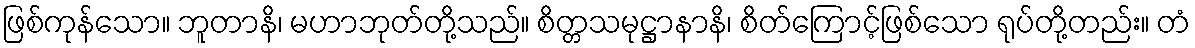
ဖြစ်ကုန်သော။ ဘူတာနိ၊ မဟာဘုတ်တို့သည်။ စိတ္တသမုဋ္ဌာနာနိ၊ စိတ်ကြောင့်ဖြစ်သော ရုပ်တို့တည်း။ တံ